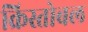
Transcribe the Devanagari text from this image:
क्रिस्तोबल